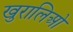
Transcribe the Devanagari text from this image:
खुरालिओ